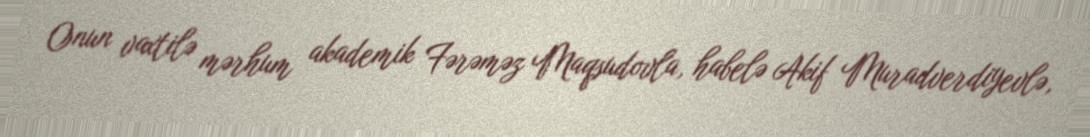
Onun vaxtilə mərhum akademik Fərəməz Maqsudovla, habelə Akif Muradverdiyevlə,